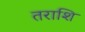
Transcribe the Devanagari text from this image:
तराशि